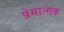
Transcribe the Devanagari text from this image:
प्रेमात्मक